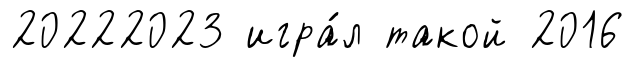
20222023 игра́л такой 2016